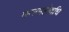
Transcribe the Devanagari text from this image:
मन्त्रमहोदधि